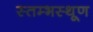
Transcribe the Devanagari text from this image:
स्तम्भस्थूण